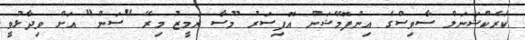
ކަރެކްޝަނަލް ސާވިސްގެ އިންފޮމޭޝަން އޮފިސަރު މޫސާ ރަމީޒު މިރޭ "ސަން" އަށް ވިދާޅުވީ